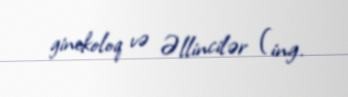
ginekoloq və Əllincilər (ing.